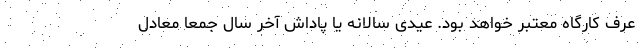
عرف کارگاه معتبر خواهد بود. عیدی سالانه یا پاداش آخر سال جمعاً معادل